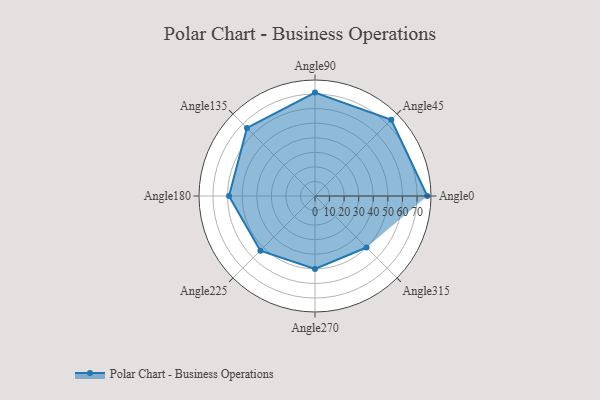
{"axis": {"x": "Angle", "y": "Radius"}, "legend": [""], "data": [{"x": "Angle0", "y": 77.0, "type": ""}, {"x": "Angle45", "y": 74.0, "type": ""}, {"x": "Angle90", "y": 71.0, "type": ""}, {"x": "Angle135", "y": 66.0, "type": ""}, {"x": "Angle180", "y": 59.0, "type": ""}, {"x": "Angle225", "y": 53.0, "type": ""}, {"x": "Angle270", "y": 50, "type": ""}, {"x": "Angle315", "y": 50, "type": ""}]}